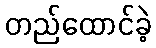
တည်ထောင်ခဲ့